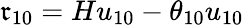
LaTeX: \mathfrak{r}_{10}=Hu_{10}-\theta_{10}u_{10}